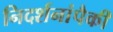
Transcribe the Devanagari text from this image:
निदर्शनांपैकी